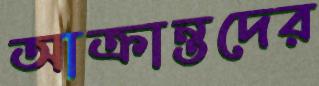
আক্রান্তদের